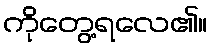
ကိုတွေ့ရလေ၏။